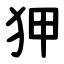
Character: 狎